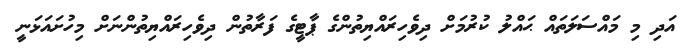
އަދި މި މައްސަލަތައް ޙައްލު ކުރުމަށް ދިވެހިރައްޔިތުންގެ ޕާޓީގެ ފަރާތުން ދިވެހިރައްޔިތުންނަށް މިހުށައަޅަނީ